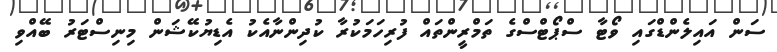
ސަން އައިލެންޑްގައި ވޯޓާ ސްޕޯޓްސްގެ ތަމްރީންތައް ފުރިހަމަކުރާ ކުދިންނާއެކު އެޑިޔުކޭޝަން މިނިސްޓަރު ބޭއްވި